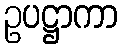
ဥပဋ္ဌာကာ